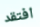
افتقد